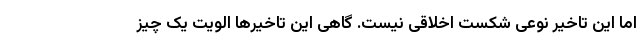
اما این تاخیر نوعی شکست اخلاقی نیست. گاهی این تاخیرها الویت یک چیز